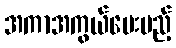
အကာအကွယ်ပေးမည့်